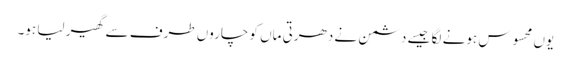
یوں محسوس ہونے لگا جیسے دشمن نے دھرتی ماں کو چاروں طرف سے گھیر لیا ہو۔